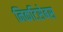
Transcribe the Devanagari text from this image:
निकटिसेबस